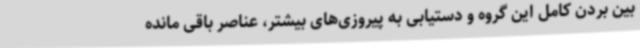
بین بردن کامل این گروه و دستیابی به پیروزی‌های بیشتر، عناصر باقی مانده